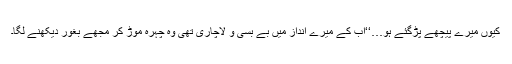
کیوں میرے پیچھے پڑگئے ہو…‘‘اب کے میرے انداز میں بے بسی و لاچاری تھی وہ چہرہ موڑ کر مجھے بغور دیکھنے لگا۔